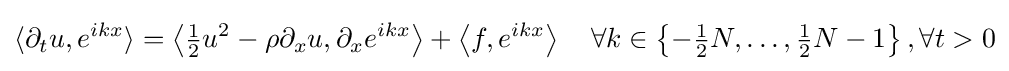
\langle \partial _{t}u,e^{ikx}\rangle =\left\langle {\tfrac {1}{2}}u^{2}-\rho \partial _{x}u,\partial _{x}e^{ikx}\right\rangle +\left\langle f,e^{ikx}\right\rangle \quad \forall k\in \left\{-{\tfrac {1}{2}}N,\dots ,{\tfrac {1}{2}}N-1\right\},\forall t>0